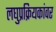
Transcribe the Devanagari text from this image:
लघुप्रक्रियकांवर